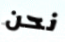
نحن